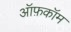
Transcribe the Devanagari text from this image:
ऑफ़कॉम